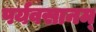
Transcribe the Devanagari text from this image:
पर्यवसानम्